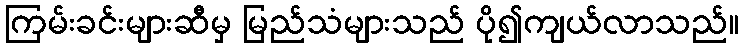
ကြမ်းခင်းများဆီမှ မြည်သံများသည် ပို၍ကျယ်လာသည်။